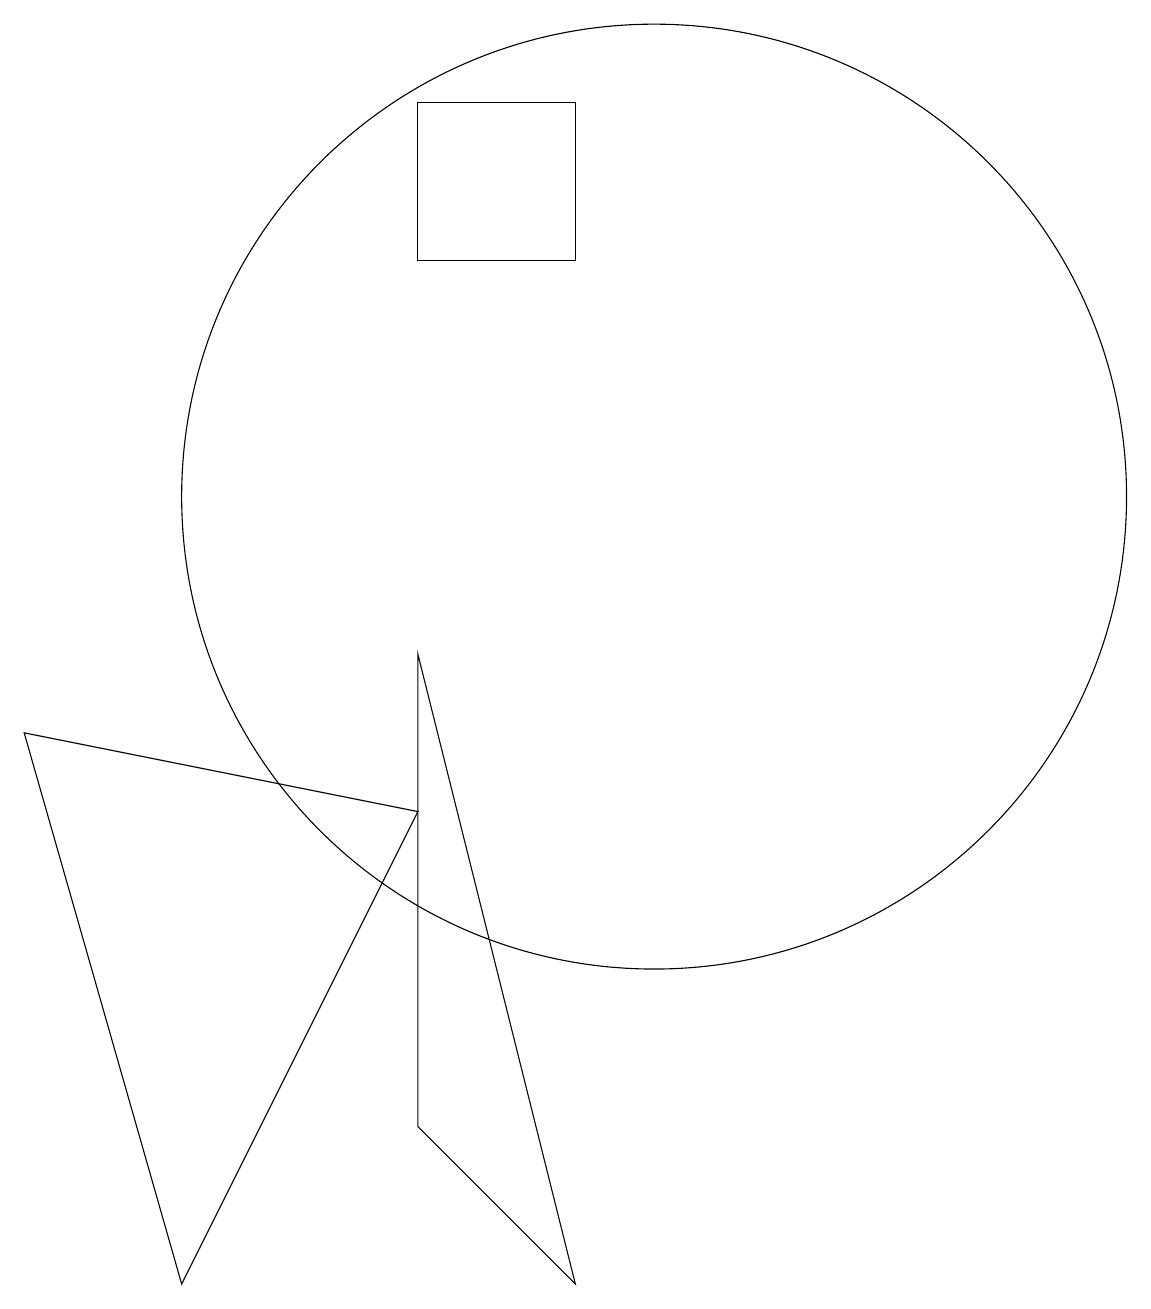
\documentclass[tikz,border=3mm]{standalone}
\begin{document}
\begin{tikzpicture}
\draw (10,10) circle (0);
\draw (10,10) circle (6);
\draw (7,6) -- (4,0) -- (2,7) -- cycle;
\draw (9,15) rectangle (7,13);
\draw (9,0) -- (7,8) -- (7,2) -- cycle;
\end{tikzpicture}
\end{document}